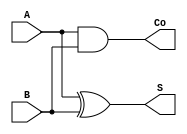
/* ***************************************************************\
| Name of program : HA ("Half-Adder")
| Author : Charles Heckel
| Date Created : 6/05/2018
| Date last updated : 6/05/2018
| Function : creates a sum and carry out for two given inputs 
| Method : performs continuous assignment for sum and carry out
| Inputs :	A	- 1bit input
|			B	- 1bit input
| Output : 	Co	- 1bit output representing carry out
|			S	- 1bit output representing first bit sum of inputs
| Additional Comments : (Extras)
\*****************************************************************/

module HA(A, B, Co, S);
  // variables
  input A, B;
  output Co, S;
  
  // implementation
  assign S = A ^ B; // (!A && B) || (A && !B)
  assign Co = A & B;
  
endmodule